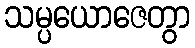
သမ္ပယောဇေတွာ